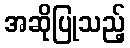
အဆိုပြုသည့်